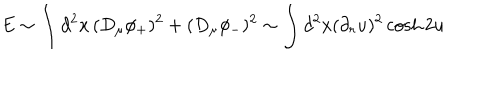
E \sim \int d ^ { 2 } x \, ( D _ { \mu } \phi _ { + } ) ^ { 2 } + ( D _ { \mu } \phi _ { - } ) ^ { 2 } \sim \int d ^ { 2 } x ( \partial _ { r } u ) ^ { 2 } \cosh 2 u